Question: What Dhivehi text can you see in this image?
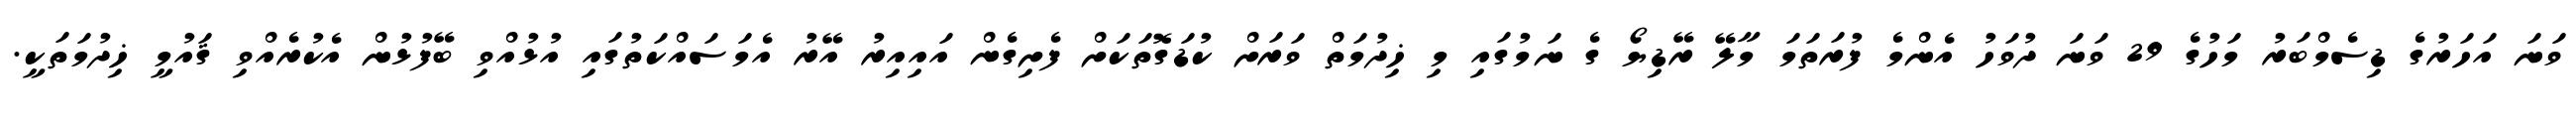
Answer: ވަނަ އަހަރުގެ ޑިސެމްބަރު މަހުގެ 29 ވަނަ ދުވަހު އެންމެ ފުރަތަމަ މާލޭ ރޭޑިޔޯ ގެ ނަމުގައި މި ޚިދުމަތް ވަރަށް ކުޑަގޮތަކަށް ފެށިގެން އައިއިރު އޭރު އެމަސައްކަތުގައި އުޅުއްވި ބޭފުޅުން އެކުރެއްވި ޤައުމީ ޚިދުމަތަކީ.